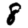
Digit: 8